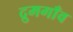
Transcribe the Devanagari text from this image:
द्रुमगाँव